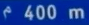
400 m